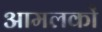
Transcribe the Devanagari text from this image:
आमलकों